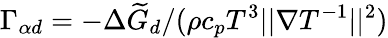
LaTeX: \Gamma_{\alpha d}=-\Delta\widetilde{G}_{d}/(\rho c_{p}T^{3}||\nabla T^{-1}||^{2})